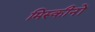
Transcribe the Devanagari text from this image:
मिस्कीनों